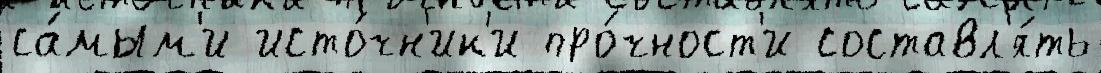
са́мым'и исто́чн'ик'и про́чност'и составл'я́ть